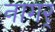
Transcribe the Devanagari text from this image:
नागर्